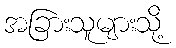
အခြားသူများသို့